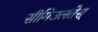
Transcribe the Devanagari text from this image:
सीमिउलतेस्